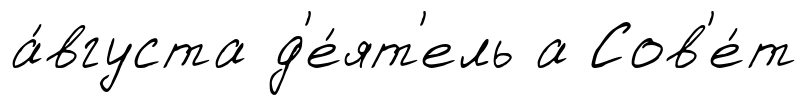
а́вгуста д'е́ят'ель а Сов'е́т